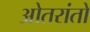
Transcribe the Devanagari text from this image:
ओतरांतो